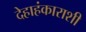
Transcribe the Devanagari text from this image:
देहाहंकाराशी